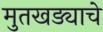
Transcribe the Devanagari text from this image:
मुतखड्याचे